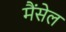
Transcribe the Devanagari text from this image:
मैंसेल